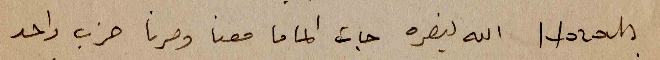
Horah الله ينصره جات الماما معنا وصرنا حزب واحد